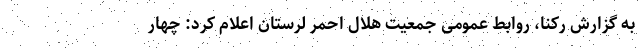
به گزارش رکنا، روابط عمومی جمعیت هلال احمر لرستان اعلام کرد: چهار